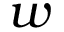
w